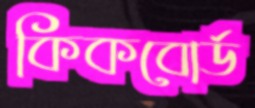
কিকবোর্ড